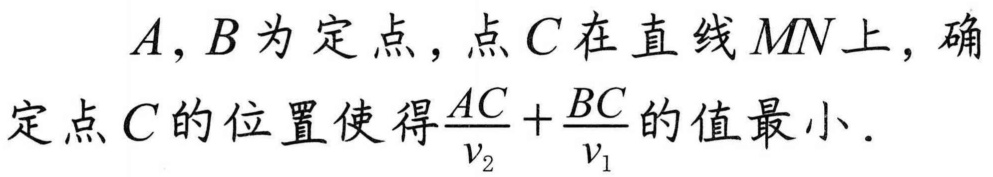
\(A,B\)为定点，点\(C\)在直线\(MN\)上，确定点\(C\)的位置使得\(\frac{AC}{v_{2}}+\frac{BC}{v_{1}}\)的值最小．